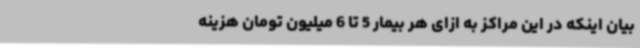
بیان اینکه در این مراکز به ازای هر بیمار 5 تا 6 میلیون تومان هزینه